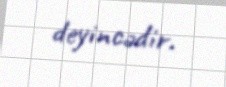
deyincədir.